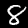
Label: 8